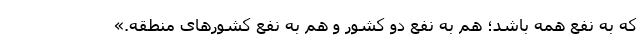
که به نفع همه باشد؛ هم به نفع دو کشور و هم به نفع کشورهای منطقه.»